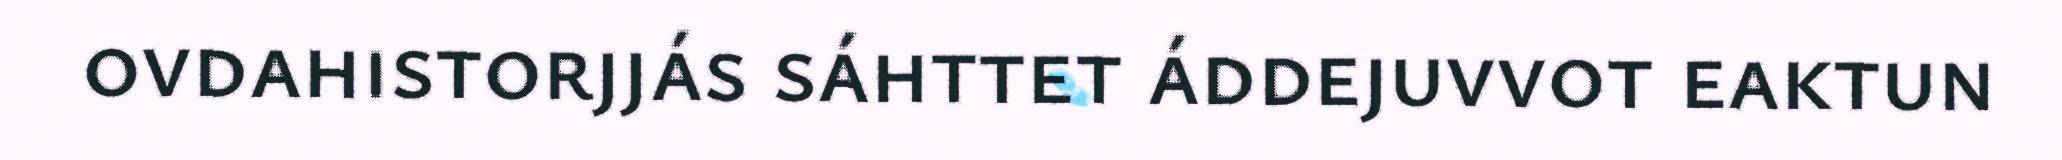
ovdahistorjjás sáhttet áddejuvvot eaktun